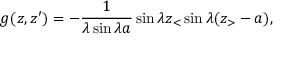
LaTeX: g ( z , z ^ { \prime } ) = - { \frac { 1 } { \lambda \sin \lambda a } } \sin \lambda z _ { < } \sin \lambda ( z _ { > } - a ) ,